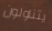
يتناولون